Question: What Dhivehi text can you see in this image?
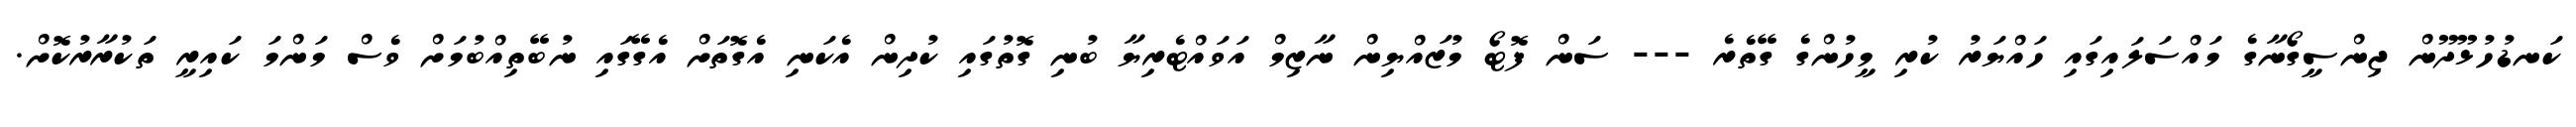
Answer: ކަނޑުހުޅޫދޫން ޖިންސީގޯނާގެ މައްސަލައިގައި ހައްޔަރު ކުރި މީހުންގެ ގޭތެރެ --- ސަން ފޮޓޯ މުޒައްޔިން ނާޒިމް އަވައްޓެރިޔާ ބުނި ގޮތުގައި ކުދިން އެކަނި އެގޮތަށް އެގޭގައި ނުބޭތިއްބުމަށް ވެސް މަންމަ ކައިރީ ތަކުރާރުކޮށް.